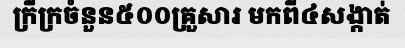
ក្រីក្រចំនួន៥០០គ្រួសារ មកពី៤សង្កាត់